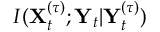
I ( \mathbf { X } _ { t } ^ { ( \tau ) } ; \mathbf { Y } _ { t } | \mathbf { Y } _ { t } ^ { ( \tau ) } )